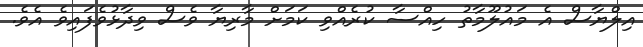
އިލްޔާސް އެ މައުލޫމާތު ހިއްސާ ކުރެއްވި ކަމަަށް މާރިޔާ ވެސް ވިދާޅުވެފައިވެ އެވެ.